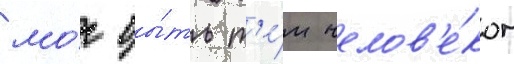
мо́г бы́ть т'е́м челов'е́ком